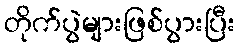
တိုက်ပွဲများဖြစ်ပွားပြီး